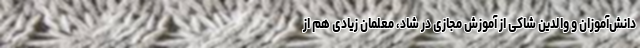
دانش‌آموزان و والدین شاکی از آموزش مجازی در شاد، معلمان زیادی هم از